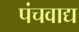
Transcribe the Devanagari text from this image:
पंचवाद्य